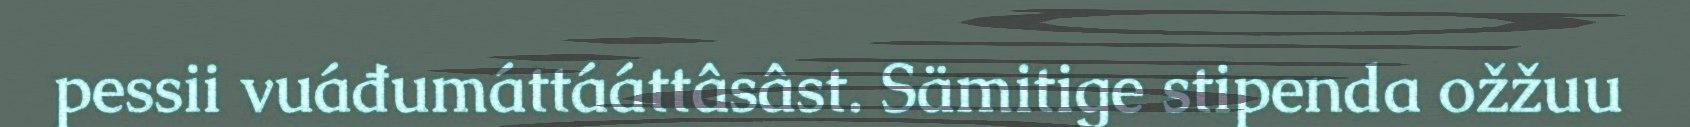
pessii vuáđumáttááttâsâst. Sämitige stipenda ožžuu